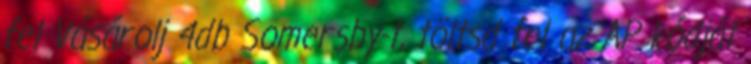
fel Vásárolj 4db Somersby-t, töltsd fel az AP kódját